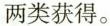
两类获得。